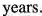
years.